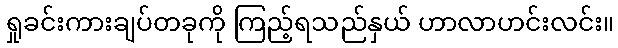
ရှုခင်းကားချပ်တခုကို ကြည့်ရသည်နှယ် ဟာလာဟင်းလင်း။